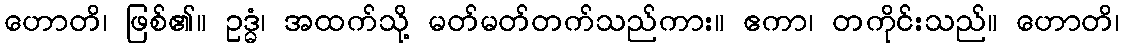
ဟောတိ၊ ဖြစ်၏။ ဥဒ္ဓံ၊ အထက်သို့ မတ်မတ်တက်သည်ကား။ ဧကာ၊ တကိုင်းသည်။ ဟောတိ၊